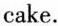
cake.